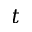
\boldsymbol { t }